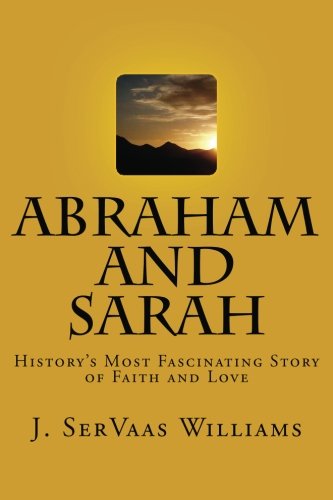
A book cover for Abraham and Sarah: History's Most Fascinating Story of Faith and Love; J. SerVaas Williams; Literature & Fiction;